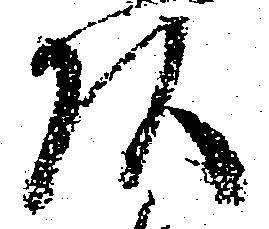
頭